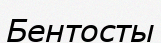
Бентосты